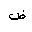
Letter: _dad